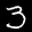
Label: 3